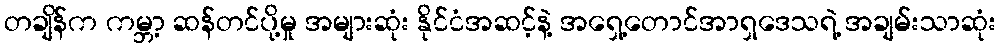
တချိန်က ကမ္ဘာ့ ဆန်တင်ပို့မှု အများဆုံး နိုင်ငံအဆင့်နဲ့ အရှေ့တောင်အာရှဒေသရဲ့ အချမ်းသာဆုံး